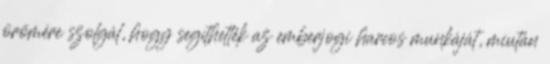
örömére szolgál, hogy segíthették az emberjogi harcos munkáját, miután